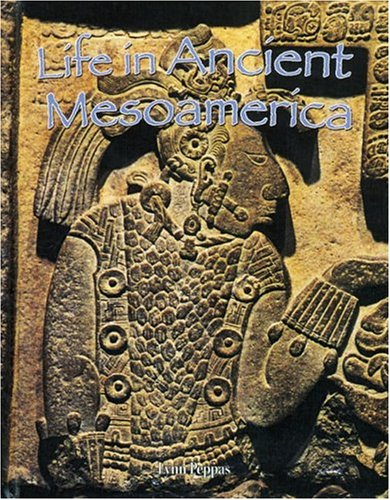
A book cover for Life in Ancient Mesoamerica (Peoples of the Ancient World); Lynn Peppas; Children's Books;